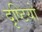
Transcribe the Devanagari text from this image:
दृष्टियो